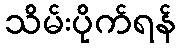
သိမ်းပိုက်ရန်